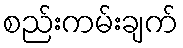
စည်းကမ်းချက်